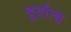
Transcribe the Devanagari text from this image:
दु्र्दान्त